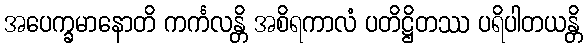
အပေက္ခမာနောတိ ကင်္ကလန္တိ အစိရကာလံ ပတိဋ္ဌိတဿ ပရိပါတယန္တိ